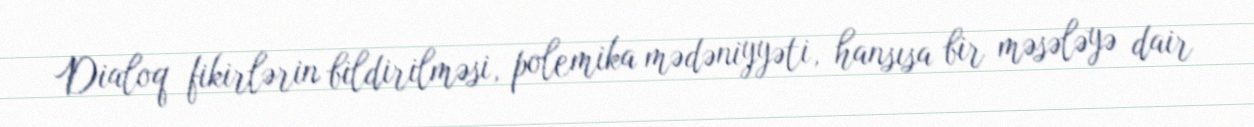
Dialoq fikirlərin bildirilməsi, polemika mədəniyyəti, hansısa bir məsələyə dair